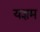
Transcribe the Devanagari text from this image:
यज्ञम